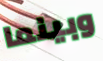
وبينما